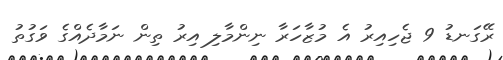
ރޭގަނޑު 9 ޖެހިއިރު އެ މުޒާހަރާ ނިންމާލި އިރު ތިން ނަމާދެއްގެ ވަގުތު